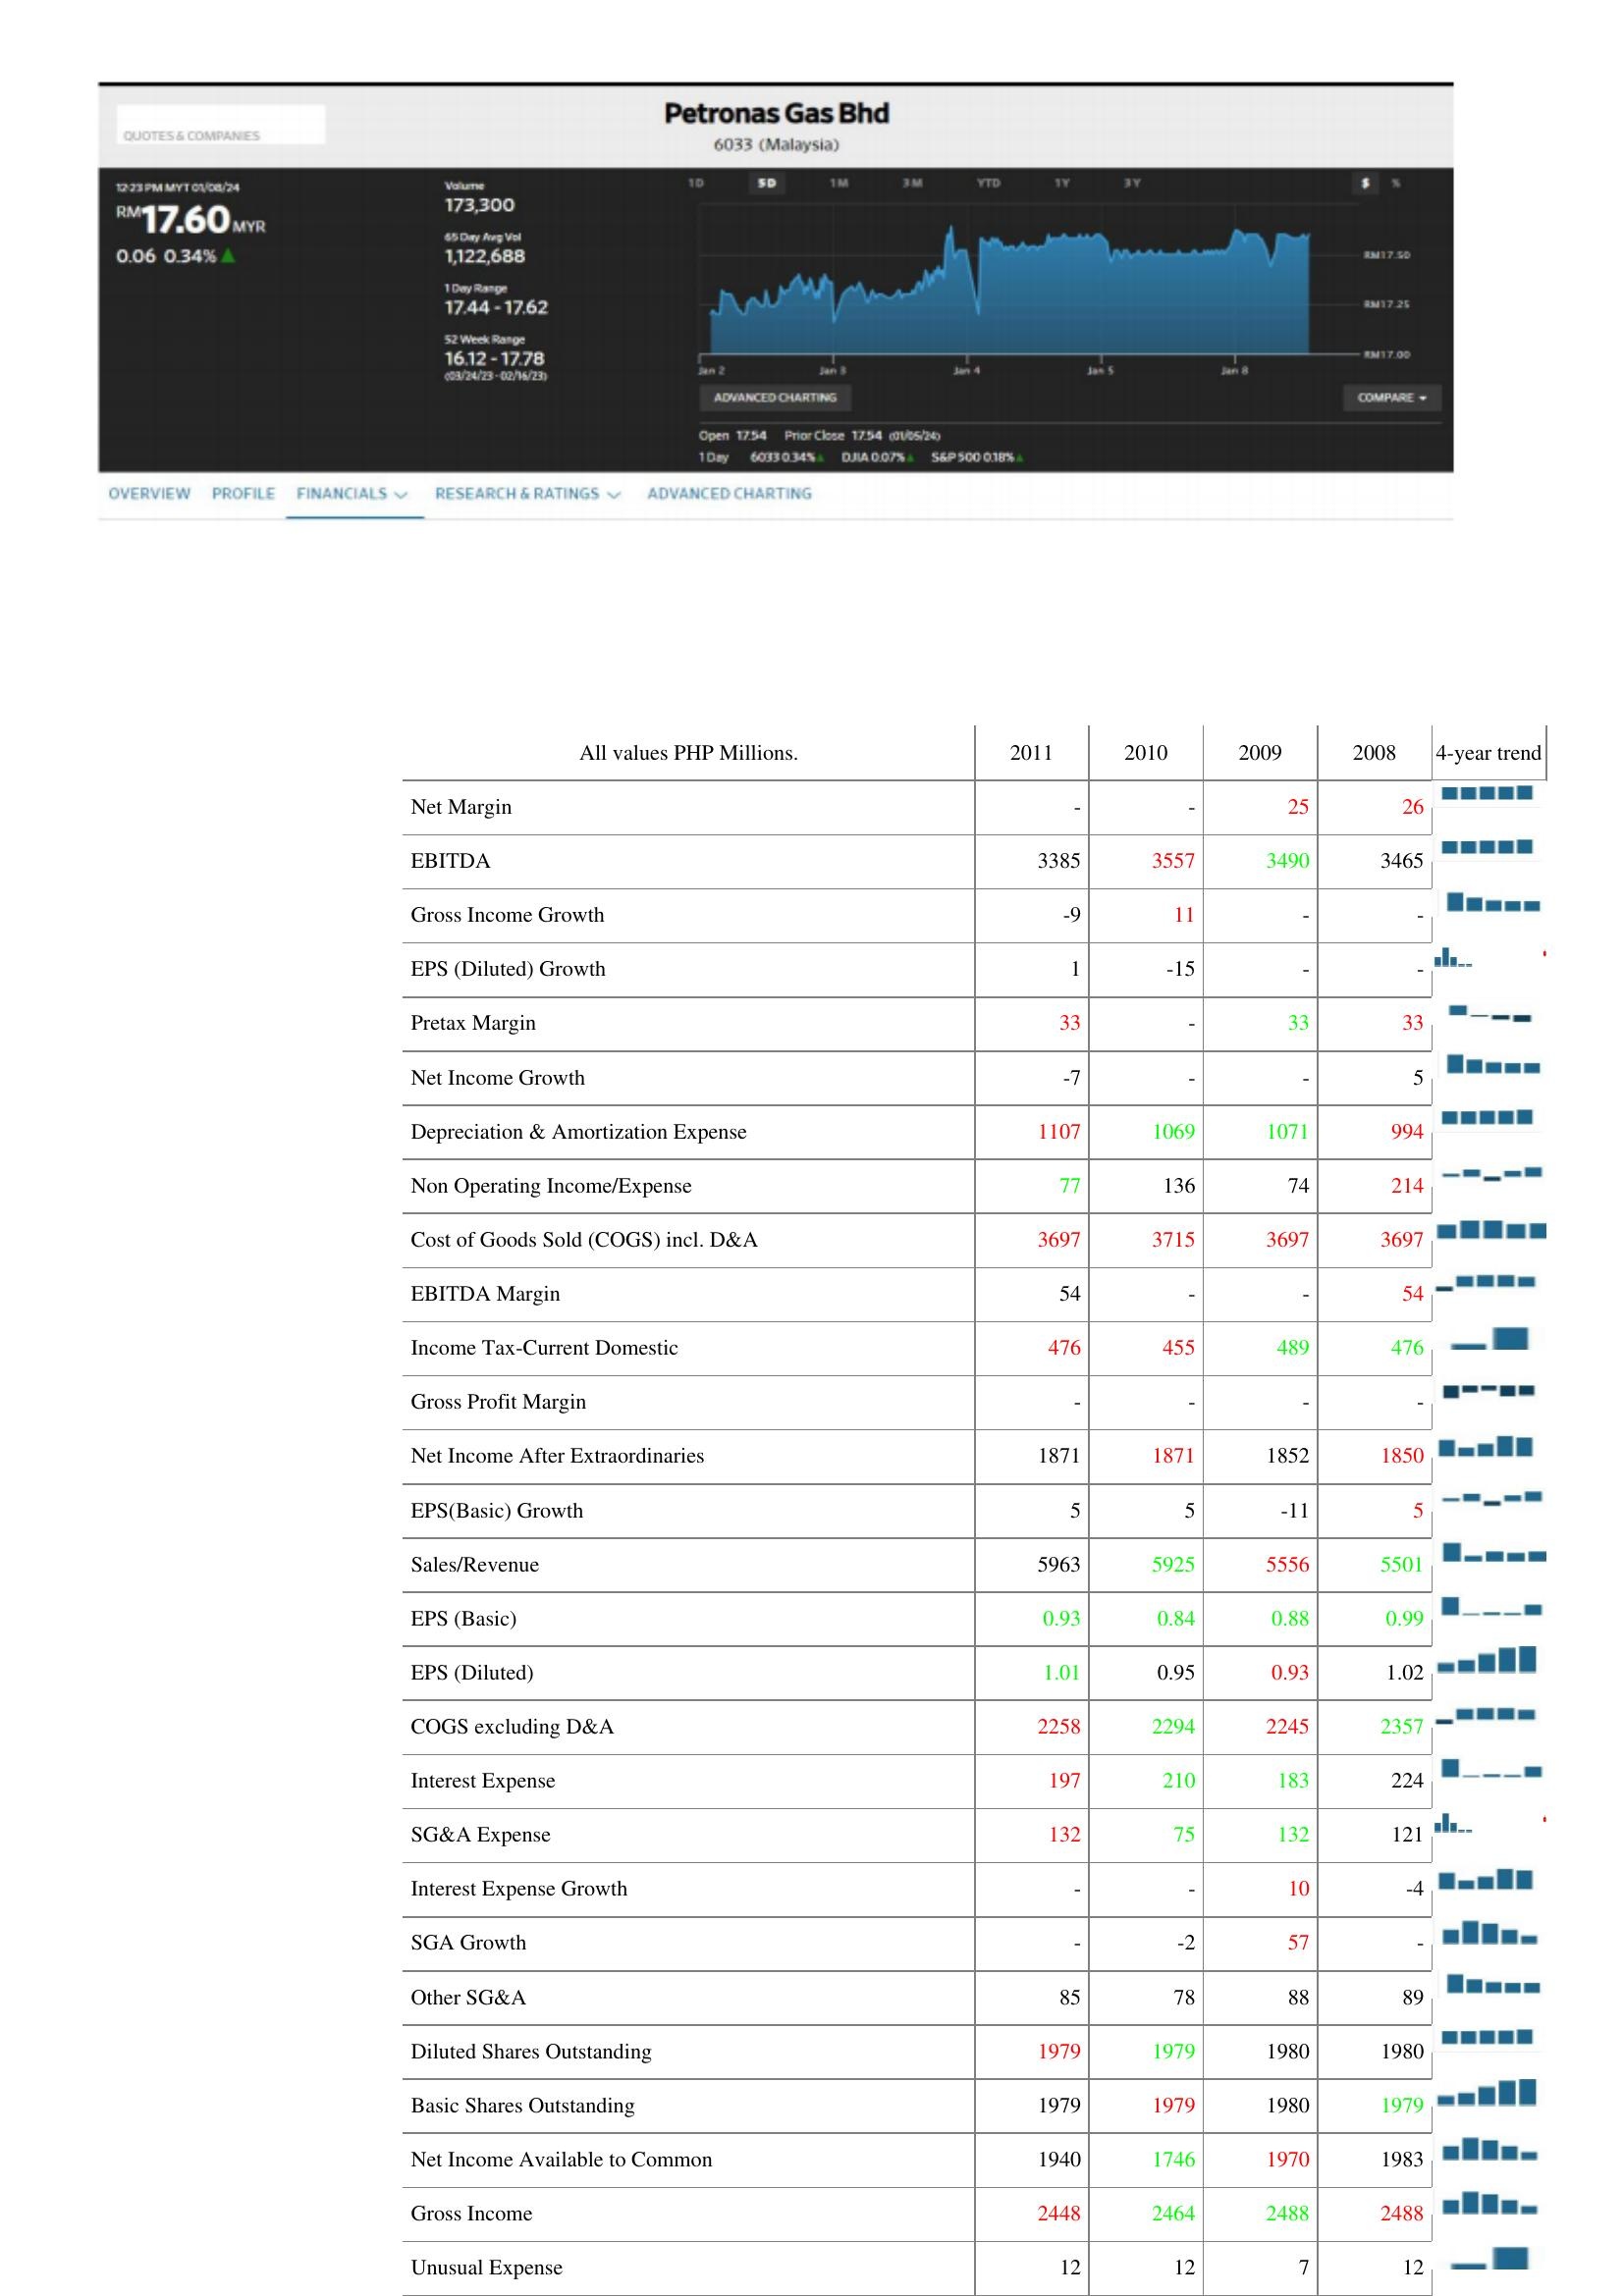
2011: : Net Margin: -
EBITDA: 3385
Gross Income Growth: -9
EPS (Diluted) Growth: 1
Pretax Margin: 33
Net Income Growth: -7
Depreciation & Amortization Expense: 1107
Non Operating Income/Expense: 77
Cost of Goods Sold (COGS) incl. D&A: 3697
EBITDA Margin: 54
Income Tax-Current Domestic: 476
Gross Profit Margin: -
Net Income After Extraordinaries: 1871
EPS(Basic) Growth: 5
Sales/Revenue: 5963
EPS (Basic): 0.93
EPS (Diluted): 1.01
COGS excluding D&A: 2258
Interest Expense: 197
SG&A Expense: 132
Interest Expense Growth: -
SGA Growth: -
Other SG&A: 85
Diluted Shares Outstanding: 1979
Basic Shares Outstanding: 1979
Net Income Available to Common: 1940
Gross Income: 2448
Unusual Expense: 12
2010: : Net Margin: -
EBITDA: 3557
Gross Income Growth: 11
EPS (Diluted) Growth: -15
Pretax Margin: -
Net Income Growth: -
Depreciation & Amortization Expense: 1069
Non Operating Income/Expense: 136
Cost of Goods Sold (COGS) incl. D&A: 3715
EBITDA Margin: -
Income Tax-Current Domestic: 455
Gross Profit Margin: -
Net Income After Extraordinaries: 1871
EPS(Basic) Growth: 5
Sales/Revenue: 5925
EPS (Basic): 0.84
EPS (Diluted): 0.95
COGS excluding D&A: 2294
Interest Expense: 210
SG&A Expense: 75
Interest Expense Growth: -
SGA Growth: -2
Other SG&A: 78
Diluted Shares Outstanding: 1979
Basic Shares Outstanding: 1979
Net Income Available to Common: 1746
Gross Income: 2464
Unusual Expense: 12
2009: : Net Margin: 25
EBITDA: 3490
Gross Income Growth: -
EPS (Diluted) Growth: -
Pretax Margin: 33
Net Income Growth: -
Depreciation & Amortization Expense: 1071
Non Operating Income/Expense: 74
Cost of Goods Sold (COGS) incl. D&A: 3697
EBITDA Margin: -
Income Tax-Current Domestic: 489
Gross Profit Margin: -
Net Income After Extraordinaries: 1852
EPS(Basic) Growth: -11
Sales/Revenue: 5556
EPS (Basic): 0.88
EPS (Diluted): 0.93
COGS excluding D&A: 2245
Interest Expense: 183
SG&A Expense: 132
Interest Expense Growth: 10
SGA Growth: 57
Other SG&A: 88
Diluted Shares Outstanding: 1980
Basic Shares Outstanding: 1980
Net Income Available to Common: 1970
Gross Income: 2488
Unusual Expense: 7
2008: : Net Margin: 26
EBITDA: 3465
Gross Income Growth: -
EPS (Diluted) Growth: -
Pretax Margin: 33
Net Income Growth: 5
Depreciation & Amortization Expense: 994
Non Operating Income/Expense: 214
Cost of Goods Sold (COGS) incl. D&A: 3697
EBITDA Margin: 54
Income Tax-Current Domestic: 476
Gross Profit Margin: -
Net Income After Extraordinaries: 1850
EPS(Basic) Growth: 5
Sales/Revenue: 5501
EPS (Basic): 0.99
EPS (Diluted): 1.02
COGS excluding D&A: 2357
Interest Expense: 224
SG&A Expense: 121
Interest Expense Growth: -4
SGA Growth: -
Other SG&A: 89
Diluted Shares Outstanding: 1980
Basic Shares Outstanding: 1979
Net Income Available to Common: 1983
Gross Income: 2488
Unusual Expense: 12